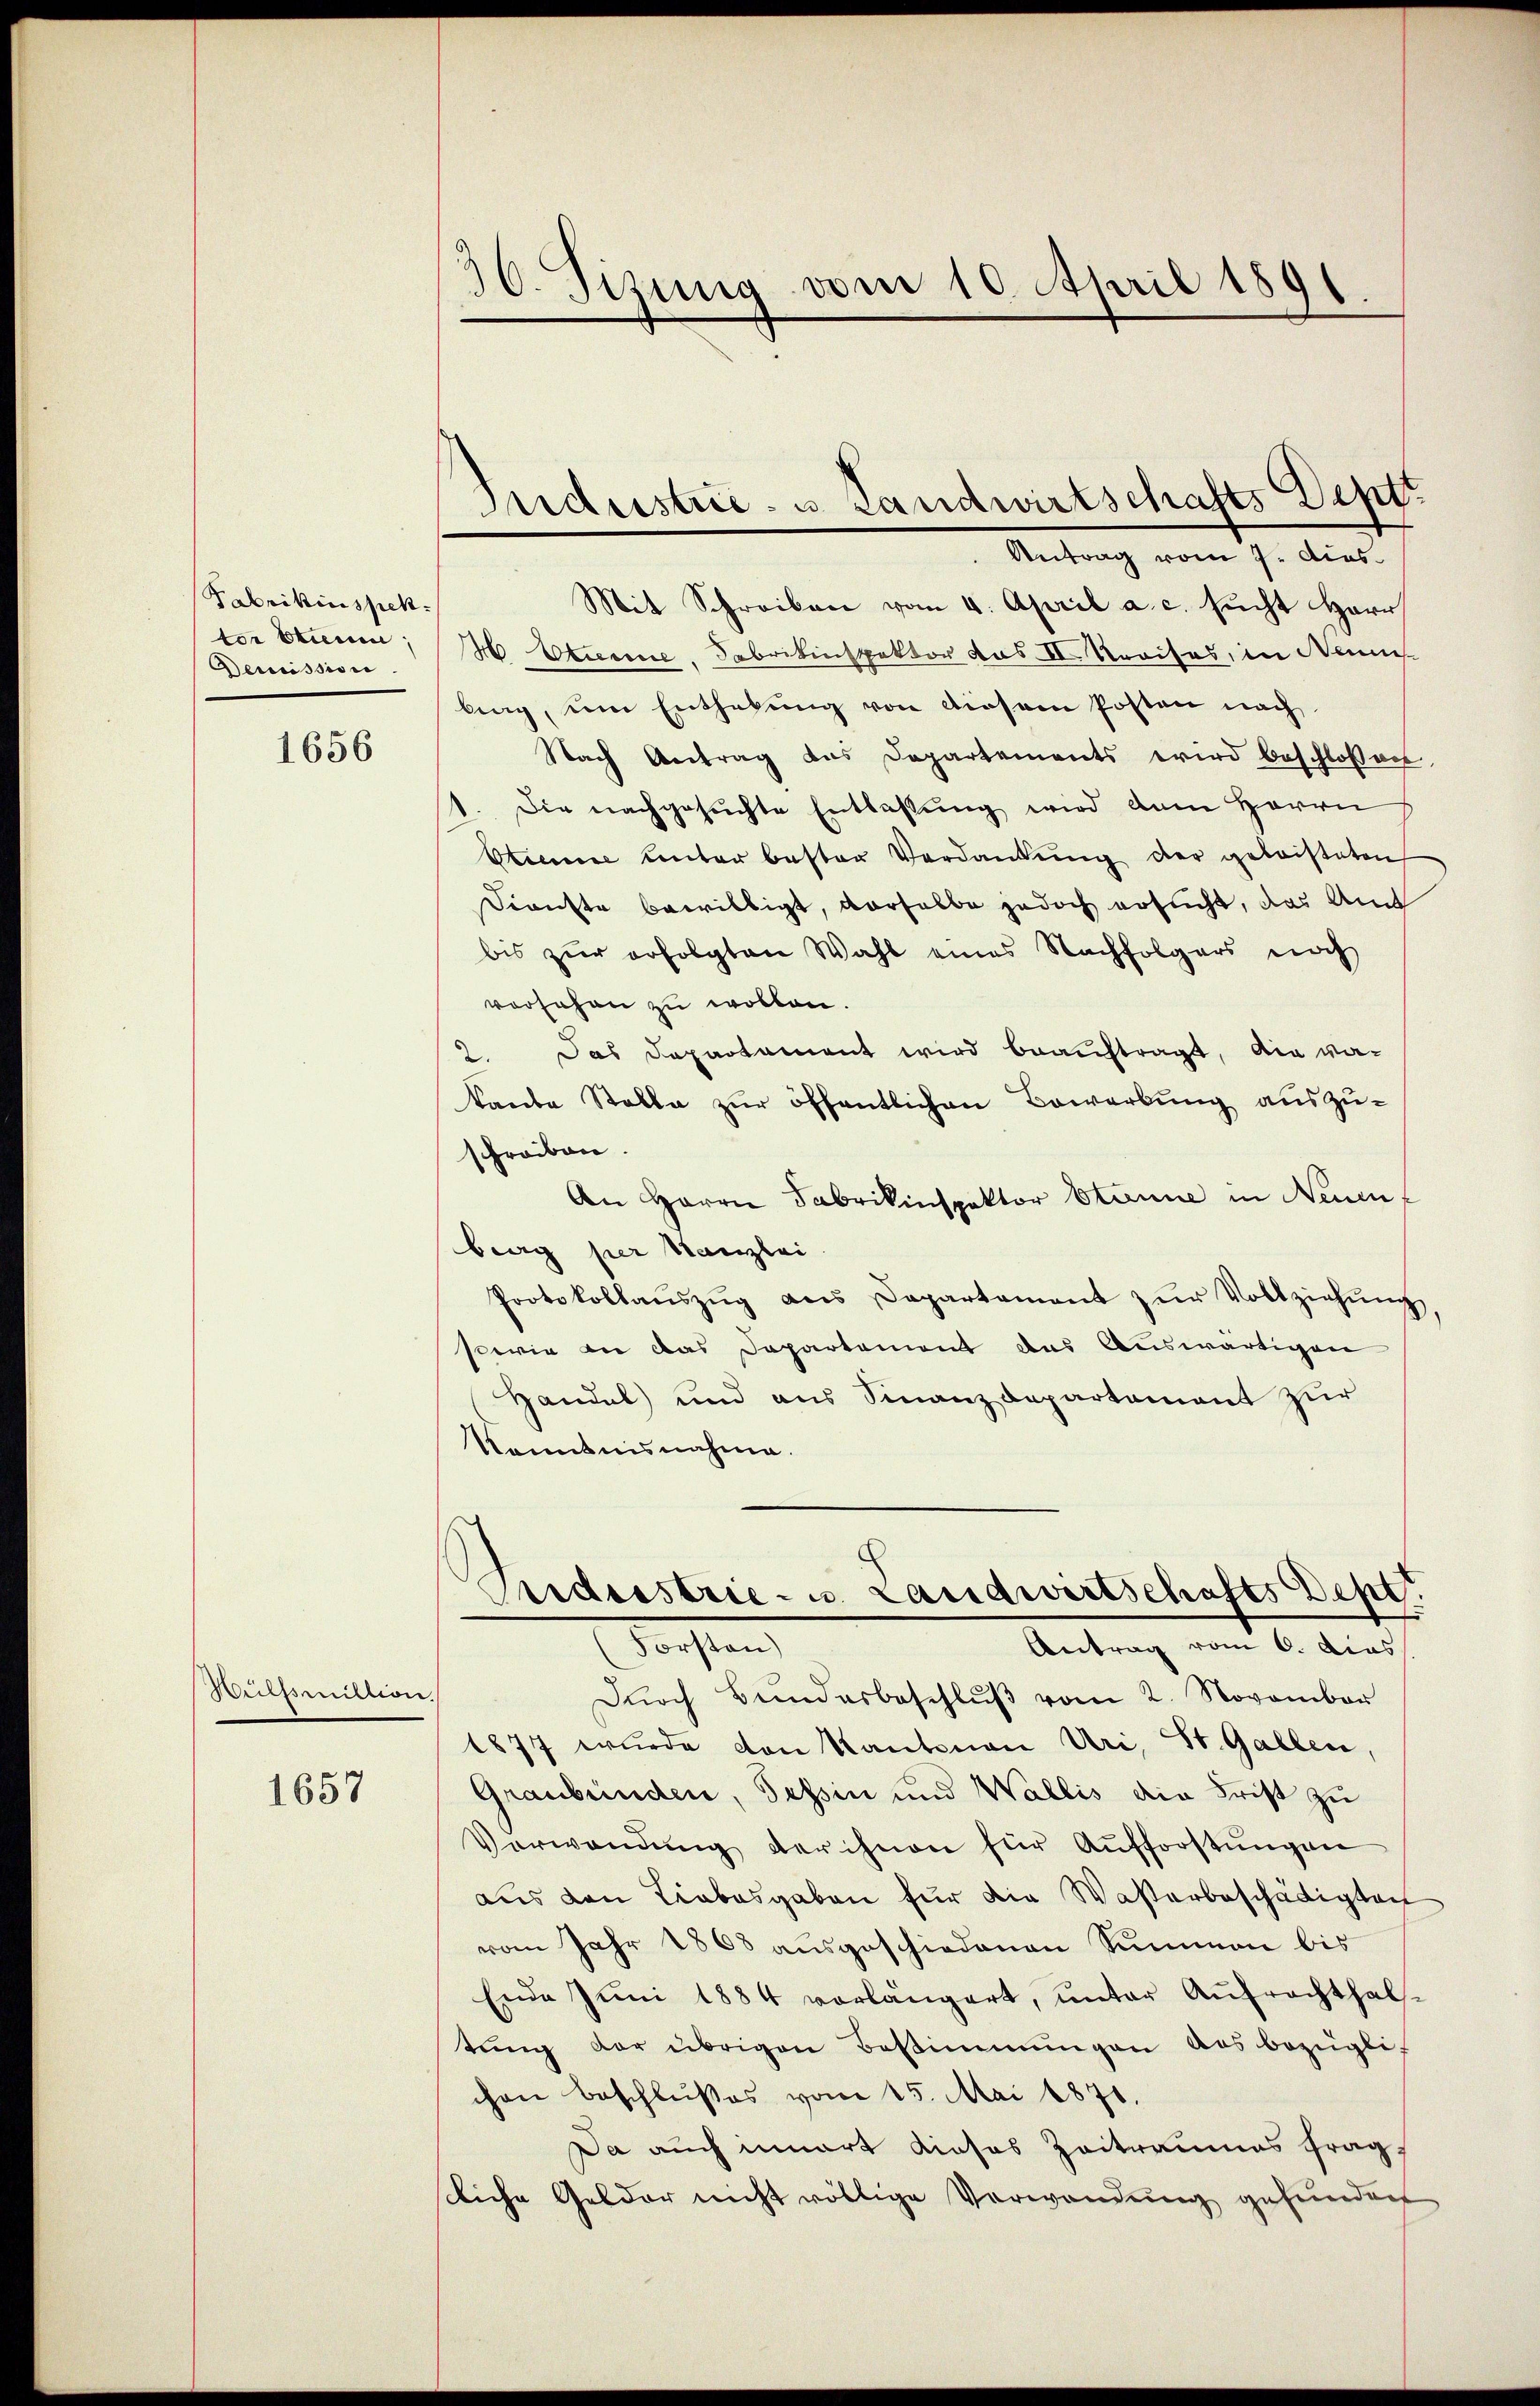
Fabrikinspekter Staum;
Demission

1656

Meitsmittion

1657

30. Sizung vom 10. April 1891

Industrie- u. Landwirtschafts Dept.

Antrag vom 7. dies
Mit Schreiben vom 4. April a. c. sucht Herr
H Eturine, Fabrikinspektor das II. Kreises, in Neum
bing, um Enthebŭng von diesem Posten nach
Nach Antrag das Departements wird beschloßen,
1. Die nachgesuchte Entlassung wird dem Herrn
Stimmer unter bester Verdankŭng der geleisteten
Dienste bewilligt, derselbe jedoch ersucht, das Amt
bis zur erfolgten Wahl eines Nachfolgers noch
vorsehen zu wollen.
2. Das Departament wird beauftragt, die va-
kaute Stelle zur öffentlichen Bewerbung auszuschreiben.
An Herrn Fabrikinspektor Stanne in Neuen
berg per Stanzlei.
Protokollaŭszŭg ans Departament zŭr Vollziehŭng,
sowie an das Departement das Auswärtigen
Handel und aus Finanzdepartement zur
Kenntnisnahme.
uiderstrie- u. Landwirtschafts Dept.
Forsten)
Antrag vom 6. dies
Dŭrch Bŭndesbeschlŭβ vom 2. November
1877 wurde von Kantonen Uri, St. Gallen,
Graubünden, Tessin und Wallis die Frist zu
Verwendung der ihnen für Aufforstungen
aus den Liebesgaben für die Waßerbeschädigten
vom Jahr 1868 ausgeschiedenen Summen bis
Ende Juni 1884 vorlängert, unter Aufrechthaltŭng der übrigen Bestimmungen des bezügli
chen beschlußes vom 15. Mai 1871.
Da auch innert Kiosos Zeitraumes fragliche Gelder nicht völlige Verwendung gefunden